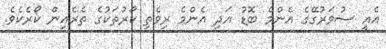
އެއީ ސުވަރުގޭގެ އެންމެ ބޮޑު އަދި އެންމެ ރިވެތި ކޯރުތަކުގެ ތެރެއިން ކޯރެކެވެ.